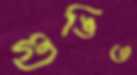
গুঙিও